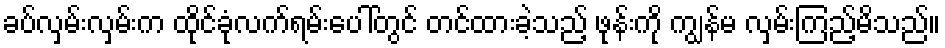
ခပ်လှမ်းလှမ်းက ထိုင်ခုံလက်ရမ်းပေါ်တွင် တင်ထားခဲ့သည့် ဖုန်းကို ကျွန်မ လှမ်းကြည့်မိသည်။